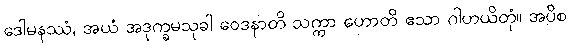
ဒေါမနဿံ, အယံ အဒုက္ခမသုခါ ဝေဒနာတိ သက္ကာ ဟောတိ ဧသာ ဂါဟယိတုံ။ အပိစ